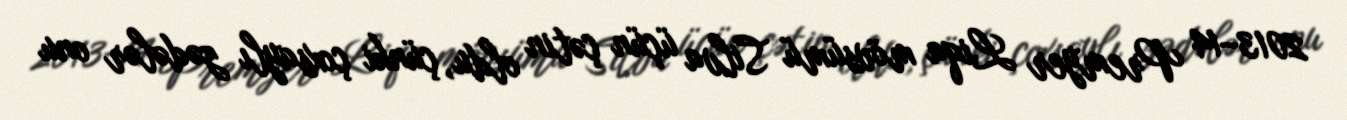
2013–14 Premyer Liqa mövsümü Silva üçün çətin oldu, çünki çoxsaylı zədələr onu